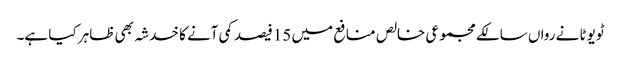
ٹویوٹا نے رواں سالکے مجموعی خالص منافع میں 15فیصد کمی آنے کا خدشہ بھی ظاہر کیا ہے۔